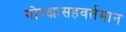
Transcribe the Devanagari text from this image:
गोरक्षासहवर्तमान